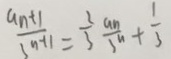
\frac { a n + 1 } { 3 n + 1 } = \frac { 2 } { 3 } \frac { a n } { 3 n } + \frac { 1 } { 3 }